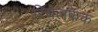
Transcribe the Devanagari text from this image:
रियलफेक